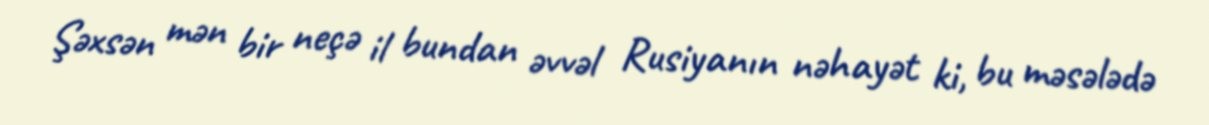
Şəxsən mən bir neçə il bundan əvvəl Rusiyanın nəhayət ki, bu məsələdə